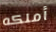
أملكه